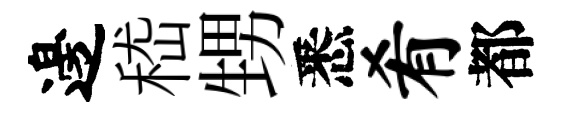
邊嵇甥悉肴都